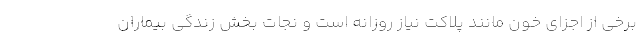
برخی از اجزای خون مانند پلاکت نیاز روزانه است و نجات بخش زندگی بیماران